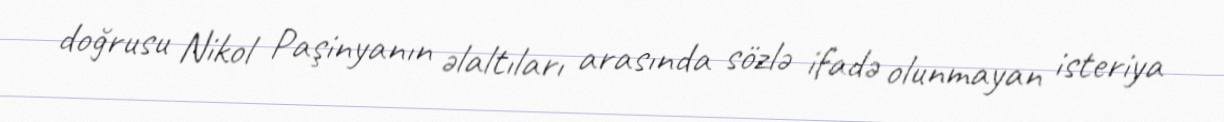
doğrusu Nikol Paşinyanın əlaltıları arasında sözlə ifadə olunmayan isteriya